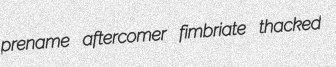
prename aftercomer fimbriate thacked